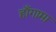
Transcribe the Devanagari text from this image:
हाँगामा